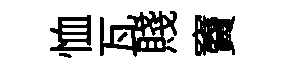
恤瓦賤竇